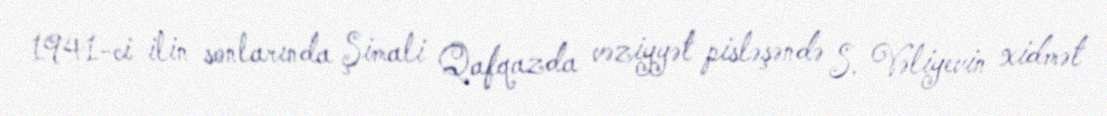
1941-ci ilin sonlarında Şimali Qafqazda vəziyyət pisləşəndə S. Vəliyevin xidmət